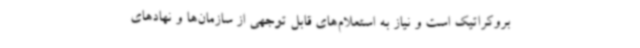
بروکراتیک است و نیاز به استعلام‌های قابل توجهی از سازمان‌ها و نهادهای